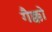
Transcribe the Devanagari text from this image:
गैक्को